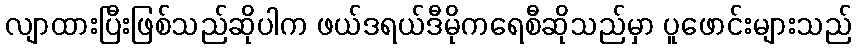
လျာထားပြီးဖြစ်သည်ဆိုပါက ဖယ်ဒရယ်ဒီမိုကရေစီဆိုသည်မှာ ပူဖောင်းများသည်